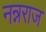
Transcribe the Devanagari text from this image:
नन्नराज